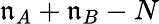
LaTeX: \mathfrak{n}_{A}+\mathfrak{n}_{B}-N